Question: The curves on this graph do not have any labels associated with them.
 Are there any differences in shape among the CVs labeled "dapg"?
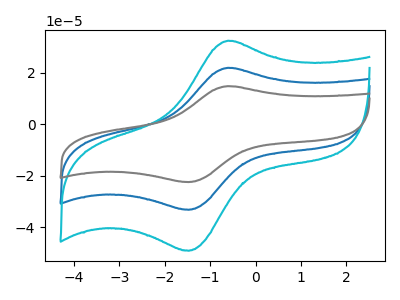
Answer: <think>The blue curve "blue" has an anodic peak at (-0.60V, 22.00uA) and a cathodic peak at (-1.45V, -33.30uA). The cyan curve "cyan" has an anodic peak at (-0.60V, 32.60uA) and a cathodic peak at (-1.45V, -49.25uA). The gray curve "gray" has an anodic peak at (-0.60V, 44.05uA) and a cathodic peak at (-1.45V, -66.55uA).
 All the peaks in "blue" have a peak in "cyan" at the same potential. Every peak in "blue" is lower than every peak in "cyan". All the peaks in "blue" have a peak in "gray" at the same potential. Every peak in "blue" is lower than every peak in "gray". All the peaks in "cyan" have a peak in "gray" at the same potential. Every peak in "cyan" is lower than every peak in "gray".</think>
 <answer>All the CV's of "dapg" have similar shape.</answer>
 <eval>follow_rule</eval>